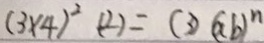
( 3 \times 4 ) ^ { 2 } ( 2 ) = ( 3 ) ( a b ) ^ { n }